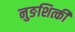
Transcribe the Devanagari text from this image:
नुङशित्की